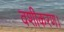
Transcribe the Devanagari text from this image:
वशीकरण।